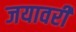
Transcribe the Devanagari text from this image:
जयावरी